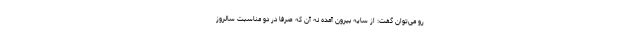
رو می‌توان گفت: از سایه بیرون آمده نه آن که صرفا در دو مناسبت سالروز